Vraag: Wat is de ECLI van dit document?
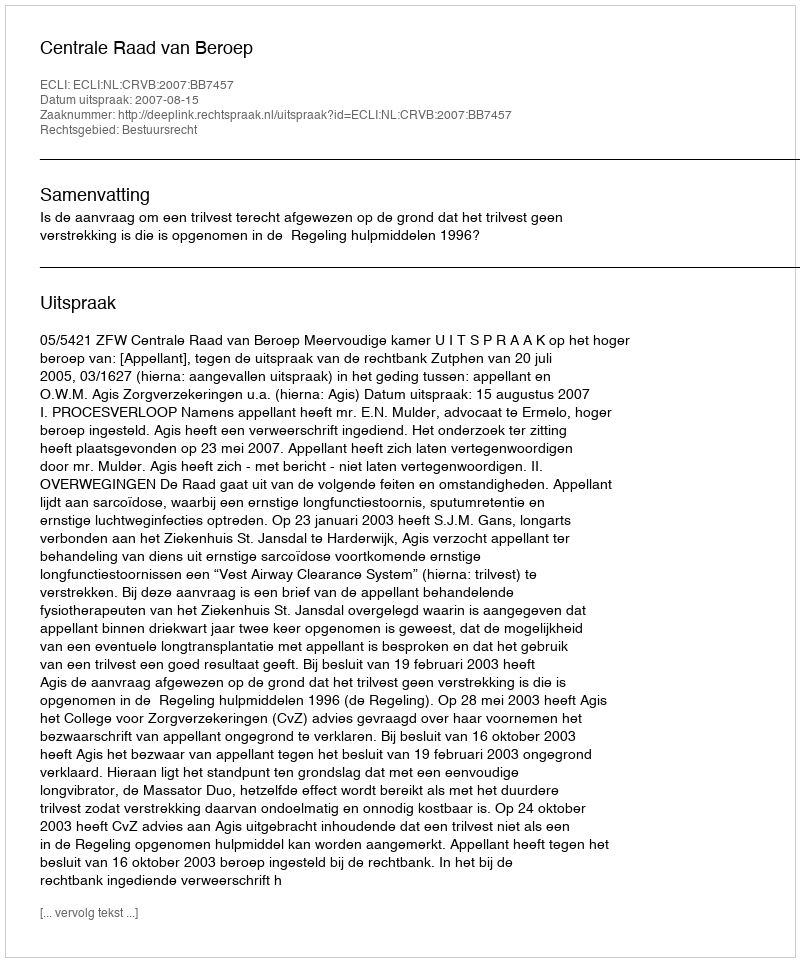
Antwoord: ECLI:NL:CRVB:2007:BB7457